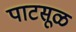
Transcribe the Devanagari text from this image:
पाटसूळ